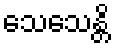
သေသေန္တိ